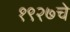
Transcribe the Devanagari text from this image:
१९२७चे